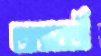
অন্তবর্তী